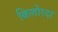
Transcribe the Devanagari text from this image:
किशोरदा